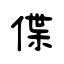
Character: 偞